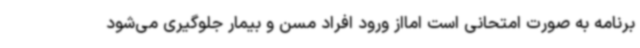
برنامه به صورت امتحانی است امااز ورود افراد مسن و بیمار جلوگیری می‌شود